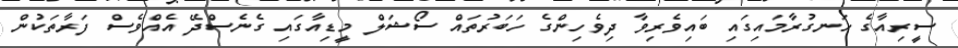
ސީރިއާގެ ހަނގުރާމައިގައި ބައިވެރިވާ ދިވެހިންގެ ހަބަރުތައް ސޯޝަލް މީޑިއާގައި ގެނެސްދޭ އެއްވެސް ފަރާތަކުން